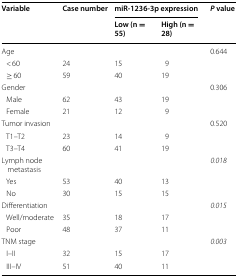
| <ROWSPAN=2> Variable | <ROWSPAN=2> Case number | <COLSPAN=2> miR-1236-3p expression | <ROWSPAN=2> P value |
 | Low (n = 55) | High (n = 28) |
 | --- | --- | --- | --- | --- |
 | Age |  |  |  | 0.644 |
 | < 60 | 24 | 15 | 9 |  |
 | ≥ 60 | 59 | 40 | 19 |  |
 | Gender |  |  |  | 0.306 |
 | Male | 62 | 43 | 19 |  |
 | Female | 21 | 12 | 9 |  |
 | Tumor invasion |  |  |  | 0.520 |
 | T1–T2 | 23 | 14 | 9 |  |
 | T3–T4 | 60 | 41 | 19 |  |
 | Lymph node metastasis |  |  |  | 0.018 |
 | Yes | 53 | 40 | 13 |  |
 | No | 30 | 15 | 15 |  |
 | Differentiation |  |  |  | 0.015 |
 | Well/moderate | 35 | 18 | 17 |  |
 | Poor | 48 | 37 | 11 |  |
 | TNM stage |  |  |  | 0.003 |
 | I–II | 32 | 15 | 17 |  |
 | III–IV | 51 | 40 | 11 |  |